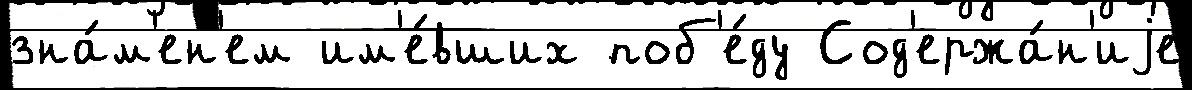
зна́м'ен'ем им'е́вших поб'е́ду Сод'ержа́н'иjе